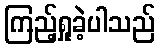
ကြည့်ရှုခဲ့ပါသည်